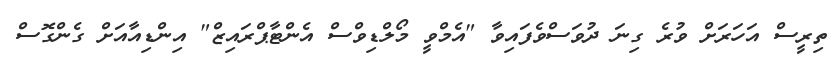
ތިރީސް އަހަރަށް ވުރެ ގިނަ ދުވަސްވެފައިވާ "އެމްވީ މޯލްޑިވްސް އެންޓާޕްރައިޒް" އިންޑިއާއަށް ގެންގޮސް